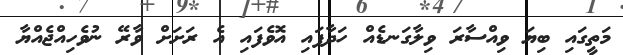
މަތީގައި ބިޔަ ވިއްސާރަ ވިލާގަނޑެއް ހަދާފައި އޮވެފައި އެ ރަށަށް ވާރޭ ނުވެހިއްޖެއްޔާ